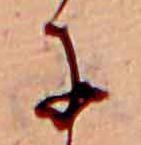
に